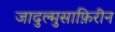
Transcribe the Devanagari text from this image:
जादुल्मुसाफ़िरीन